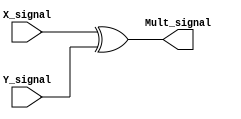
module MULT_SIGNAL(X_signal, Y_signal, Mult_signal);
    input X_signal; // X_signal = 0 -> positivo; X_signal = 1 -> negativo
    input Y_signal; // Y_signal = 0 -> positivo; Y_signal = 1 -> negativo
    output Mult_signal; // X_signal = 0 -> positivo; X_signal = 1 -> negativo
    
    assign Mult_signal = X_signal ^ Y_signal;
endmodule